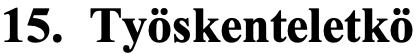
15. Työskenteletkö